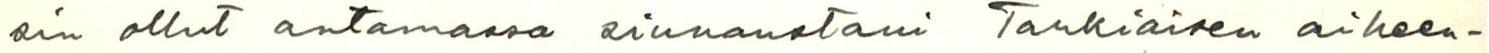
sin ollut antamassa siunaustani Tarkiaisen aiheen-